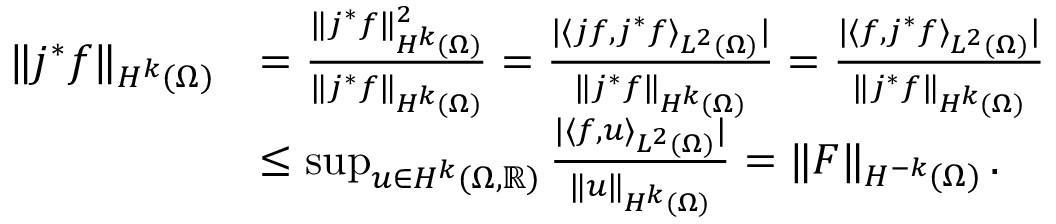
\begin{array} { r l } { \| j ^ { * } f \| _ { H ^ { k } ( \Omega ) } } & { = \frac { \| j ^ { * } f \| _ { H ^ { k } ( \Omega ) } ^ { 2 } } { \| j ^ { * } f \| _ { H ^ { k } ( \Omega ) } } = \frac { | \langle j f , j ^ { * } f \rangle _ { L ^ { 2 } ( \Omega ) } | } { \| j ^ { * } f \| _ { H ^ { k } ( \Omega ) } } = \frac { | \langle f , j ^ { * } f \rangle _ { L ^ { 2 } ( \Omega ) } | } { \| j ^ { * } f \| _ { H ^ { k } ( \Omega ) } } } \\ & { \leq \operatorname* { s u p } _ { u \in { H ^ { k } ( \Omega , \mathbb { R } ) } } \frac { | \langle f , u \rangle _ { L ^ { 2 } ( \Omega ) } | } { \| u \| _ { H ^ { k } ( \Omega ) } } = \| F \| _ { H ^ { - k } ( \Omega ) } \, . } \end{array}